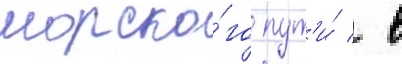
морско́го пут'и́ / в